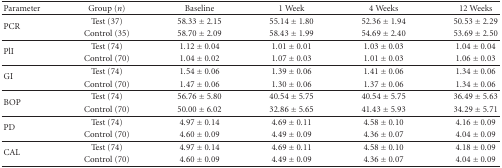
| Parameter | Group (n) | Baseline | 1 Week | 4 Weeks | 12 Weeks |
 | --- | --- | --- | --- | --- | --- |
 | <ROWSPAN=2> PCR | Test (37) | 58.33 ± 2.15 | 55.14 ± 1.80 | 52.36 ± 1.94 | 50.53 ± 2.29 |
 | Control (35) | 58.70 ± 2.09 | 58.43 ± 1.99 | 54.69 ± 2.40 | 53.69 ± 2.50 |
 | <ROWSPAN=2> PlI | Test (74) | 1.12 ± 0.04 | 1.01 ± 0.01 | 1.03 ± 0.03 | 1.04 ± 0.04 |
 | Control (70) | 1.04 ± 0.02 | 1.07 ± 0.03 | 1.01 ± 0.03 | 1.06 ± 0.03 |
 | <ROWSPAN=2> GI | Test (74) | 1.54 ± 0.06 | 1.39 ± 0.06 | 1.41 ± 0.06 | 1.34 ± 0.06 |
 | Control (70) | 1.47 ± 0.06 | 1.30 ± 0.06 | 1.37 ± 0.06 | 1.34 ± 0.06 |
 | <ROWSPAN=2> BOP | Test (74) | 56.76 ± 5.80 | 40.54 ± 5.75 | 40.54 ± 5.75 | 36.49 ± 5.63 |
 | Control (70) | 50.00 ± 6.02 | 32.86 ± 5.65 | 41.43 ± 5.93 | 34.29 ± 5.71 |
 | <ROWSPAN=2> PD | Test (74) | 4.97 ± 0.14 | 4.69 ± 0.11 | 4.58 ± 0.10 | 4.16 ± 0.09 |
 | Control (70) | 4.60 ± 0.09 | 4.49 ± 0.09 | 4.36 ± 0.07 | 4.04 ± 0.09 |
 | <ROWSPAN=2> CAL | Test (74) | 4.97 ± 0.14 | 4.69 ± 0.11 | 4.58 ± 0.10 | 4.18 ± 0.09 |
 | Control (70) | 4.60 ± 0.09 | 4.49 ± 0.09 | 4.36 ± 0.07 | 4.04 ± 0.09 |